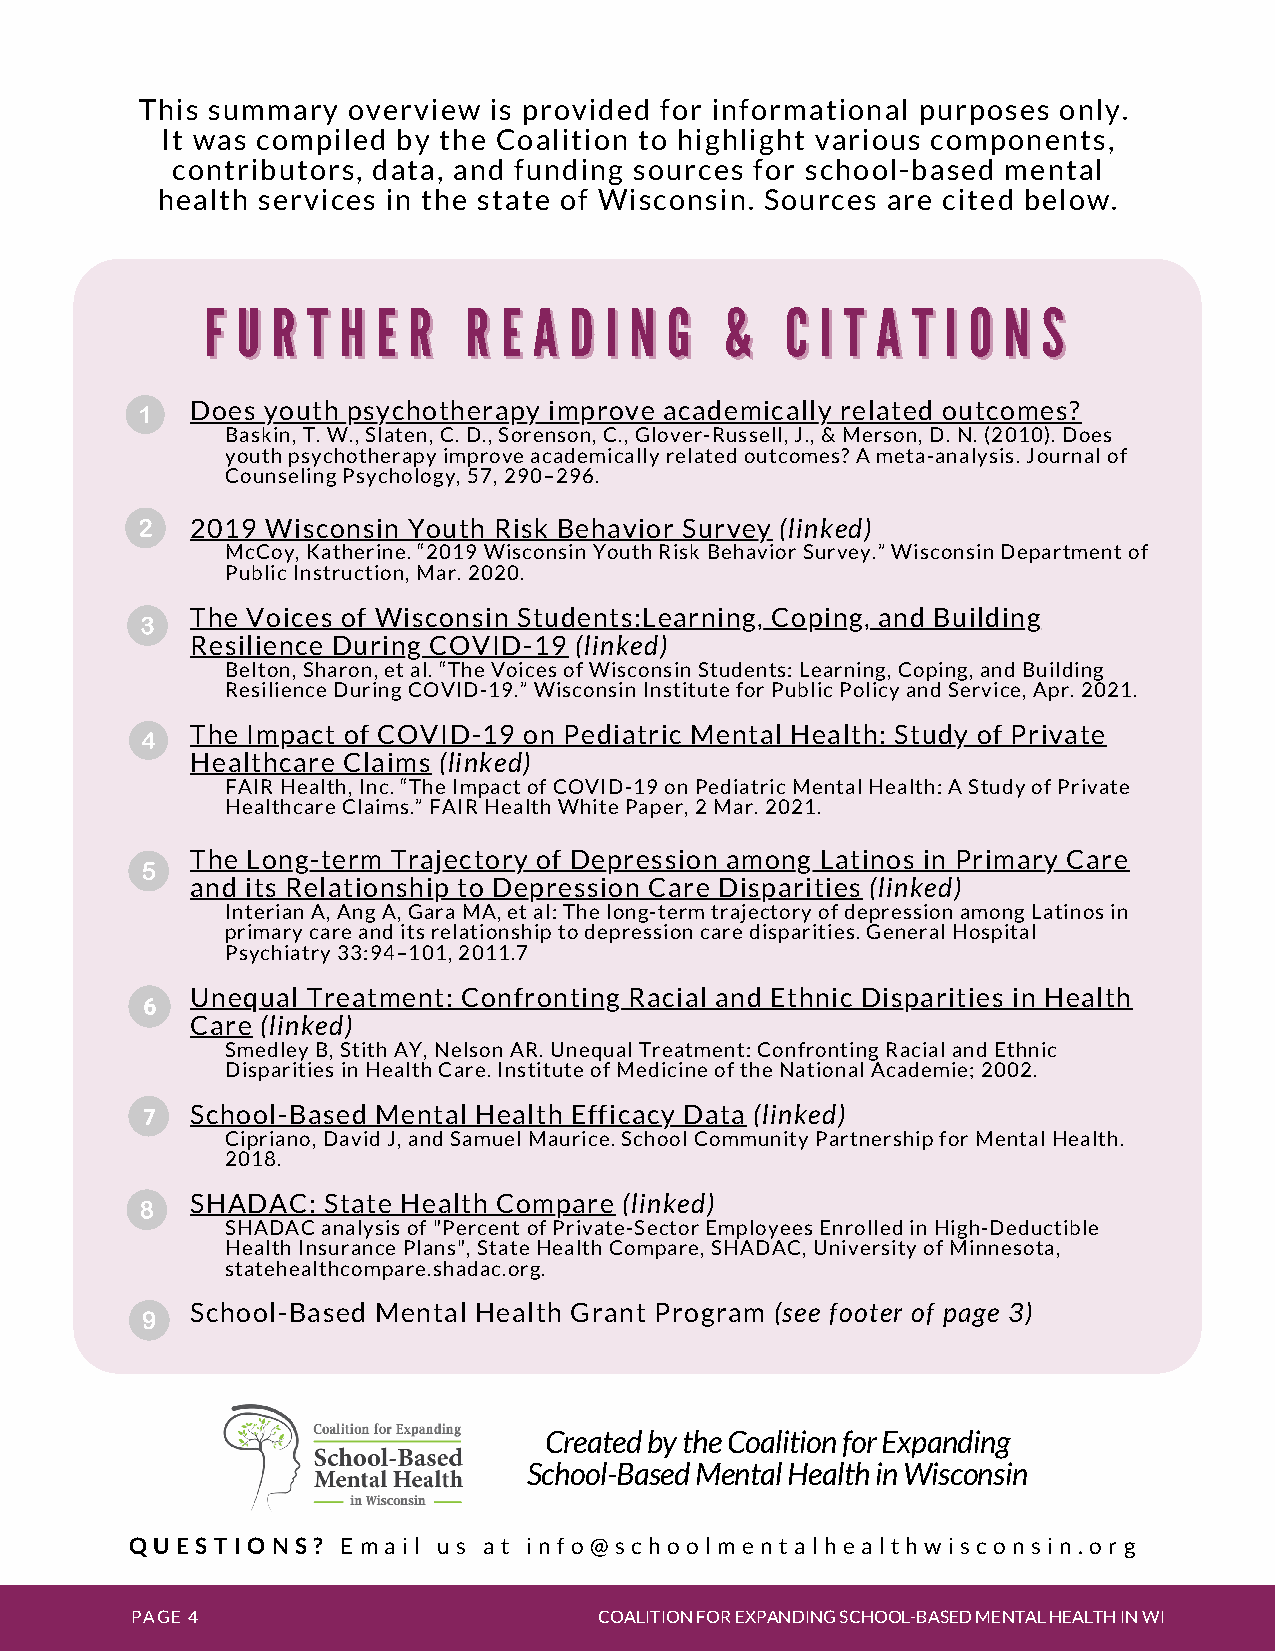
This summary  overview is provided for informational purposes only.
 It was compiled by the Coalition to highlight various components,
 contributors, data, and funding sources for school-based mental
 health services in the state of Wisconsin. Sources are cited below.
 FF UU RR TT HH EE RR RR EE AA DD II NN GG && CC II TT AA TT II OO NN SS
 Does youth psychotherapy improve academically related outcomes?
 Baskin, T. W., Slaten, C. D., Sorenson, C., Glover-Russell, J., & Merson, D. N. (2010). Does
 youth psychotherapy improve academically related outcomes? A meta-analysis. Journal of
 Counseling Psychology, 57, 290–296.
 2019 Wisconsin Youth Risk Behavior Survey (linked)
 McCoy, Katherine. “2019 Wisconsin Youth Risk Behavior Survey.” Wisconsin Department of
 Public Instruction, Mar. 2020.
 The Voices of Wisconsin Students:Learning, Coping, and Building
 Resilience During COVID-19 (linked)
 Belton, Sharon, et al. “The Voices of Wisconsin Students: Learning, Coping, and Building
 Resilience During COVID-19.” Wisconsin Institute for Public Policy and Service, Apr. 2021.
 The Impact of COVID-19 on Pediatric Mental Health: Study of Private
 Healthcare Claims (linked)
 FAIR Health, Inc. “The Impact of COVID-19 on Pediatric Mental Health: A Study of Private
 Healthcare Claims.” FAIR Health White Paper, 2 Mar. 2021.
 The Long-term Trajectory of Depression among Latinos in Primary Care
 and its Relationship to Depression Care Disparities (linked)
 Interian A, Ang A, Gara MA, et al: The long-term trajectory of depression among Latinos in
 primary care and its relationship to depression care disparities. General Hospital
 Psychiatry 33:94–101, 2011.7
 Unequal Treatment: Confronting Racial and Ethnic Disparities in Health
 Care (linked)
 Smedley B, Stith AY, Nelson AR. Unequal Treatment: Confronting Racial and Ethnic
 Disparities in Health Care. Institute of Medicine of the National Academie; 2002.
 School-Based Mental Health Efficacy Data (linked)
 Cipriano, David J, and Samuel Maurice. School Community Partnership for Mental Health.
 2018.
 SHADAC: State Health Compare (linked)
 SHADAC analysis of "Percent of Private-Sector Employees Enrolled in High-Deductible
 Health Insurance Plans", State Health Compare, SHADAC, University of Minnesota,
 statehealthcompare.shadac.org.
 School-Based Mental Health Grant Program (see footer of page 3)
 Created by the Coalition for Expanding
 School-Based Mental Health in Wisconsin
 Q U E S T I O N S ? E m a i l u s a t i n f o @ s c h o o l m e n t a l h e a l t h w i s c o n s i n . o r g
 PAGE 4                         COALITION FOR EXPANDING SCHOOL-BASED MENTAL HEALTH IN WI